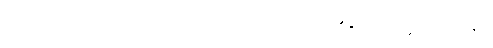
မေထုန်အကျင့်ကို။ ပဋိသေဝိတွာ၊ မှီဝဲပြီး၍။ ပုန၊ တဖန်။